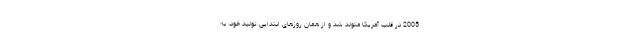
2005 در قلب آمریکا متولد شد و از همان روزهای ابتدایی تولید خود، به